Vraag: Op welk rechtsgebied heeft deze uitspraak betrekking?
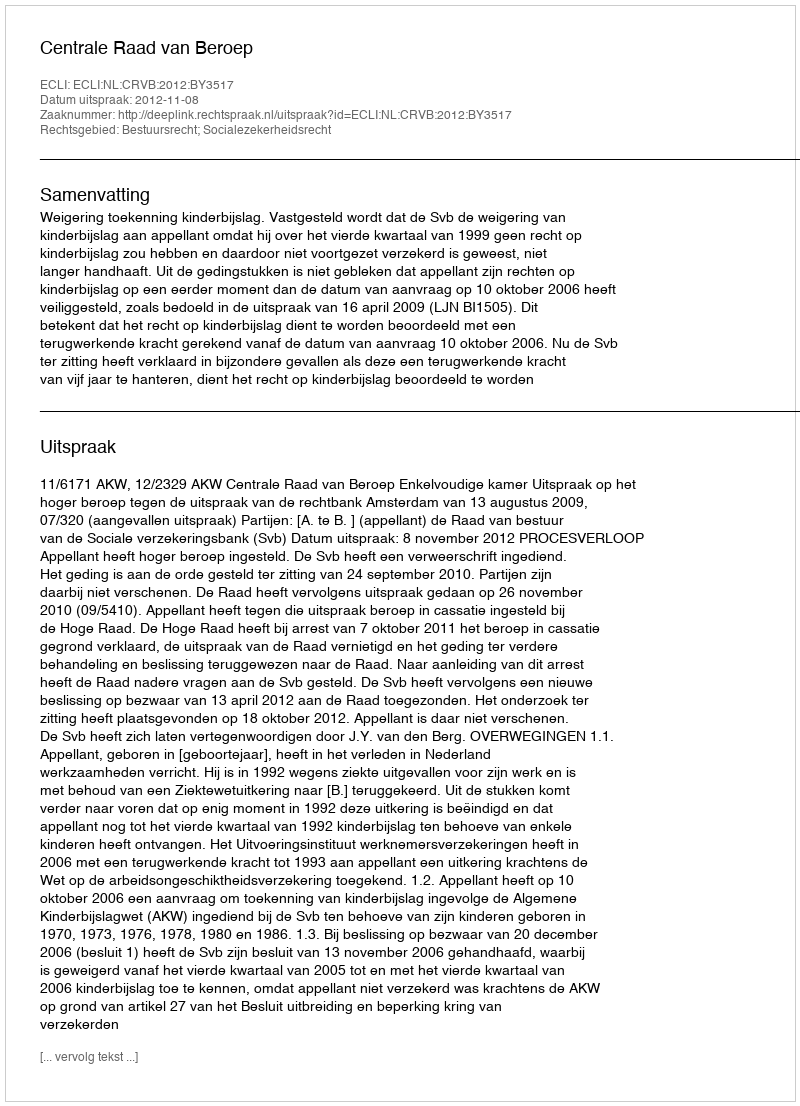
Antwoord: Bestuursrecht; Socialezekerheidsrecht